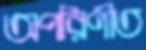
অপরিণীত